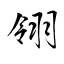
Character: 翎